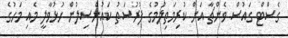
ގެސްޓް ގައުސް ވެންޗާ އަށް ކުރިމަތިލުމުގެ ފުރުސަތު ކައުންސިލުން ހުޅުވާލީ މެއި މަހުގެ